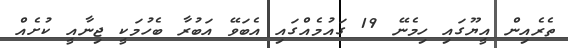
ތެރެއިން އީޔޫގައި ހިމެނޭ 19 ގައުމެއްގައި އެބަވޭ އަބުރާ ބެހުމަކީ ޖިނާއީ ކުށެއް